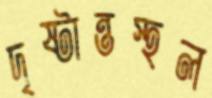
দৃষ্টান্তস্হল